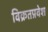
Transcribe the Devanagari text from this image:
विक्रतप्रवेश